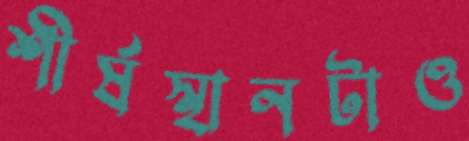
শীর্ষস্থানটাও